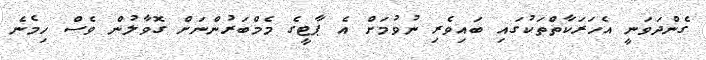
ގެންދަވަނީ އެހަރަކާތްތަކުގައި ބައިވެރި ނުވުމަށް އެ ޕާޓީގެ މެމްބަރުންނަށް ގޮވާލުން ވެސް ހިމެނެ